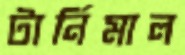
টার্নিমাল